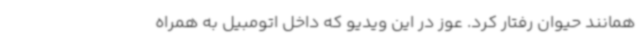
همانند حیوان رفتار کرد. عوز در این ویدیو که داخل اتومبیل به همراه